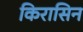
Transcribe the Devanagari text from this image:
किरासिन